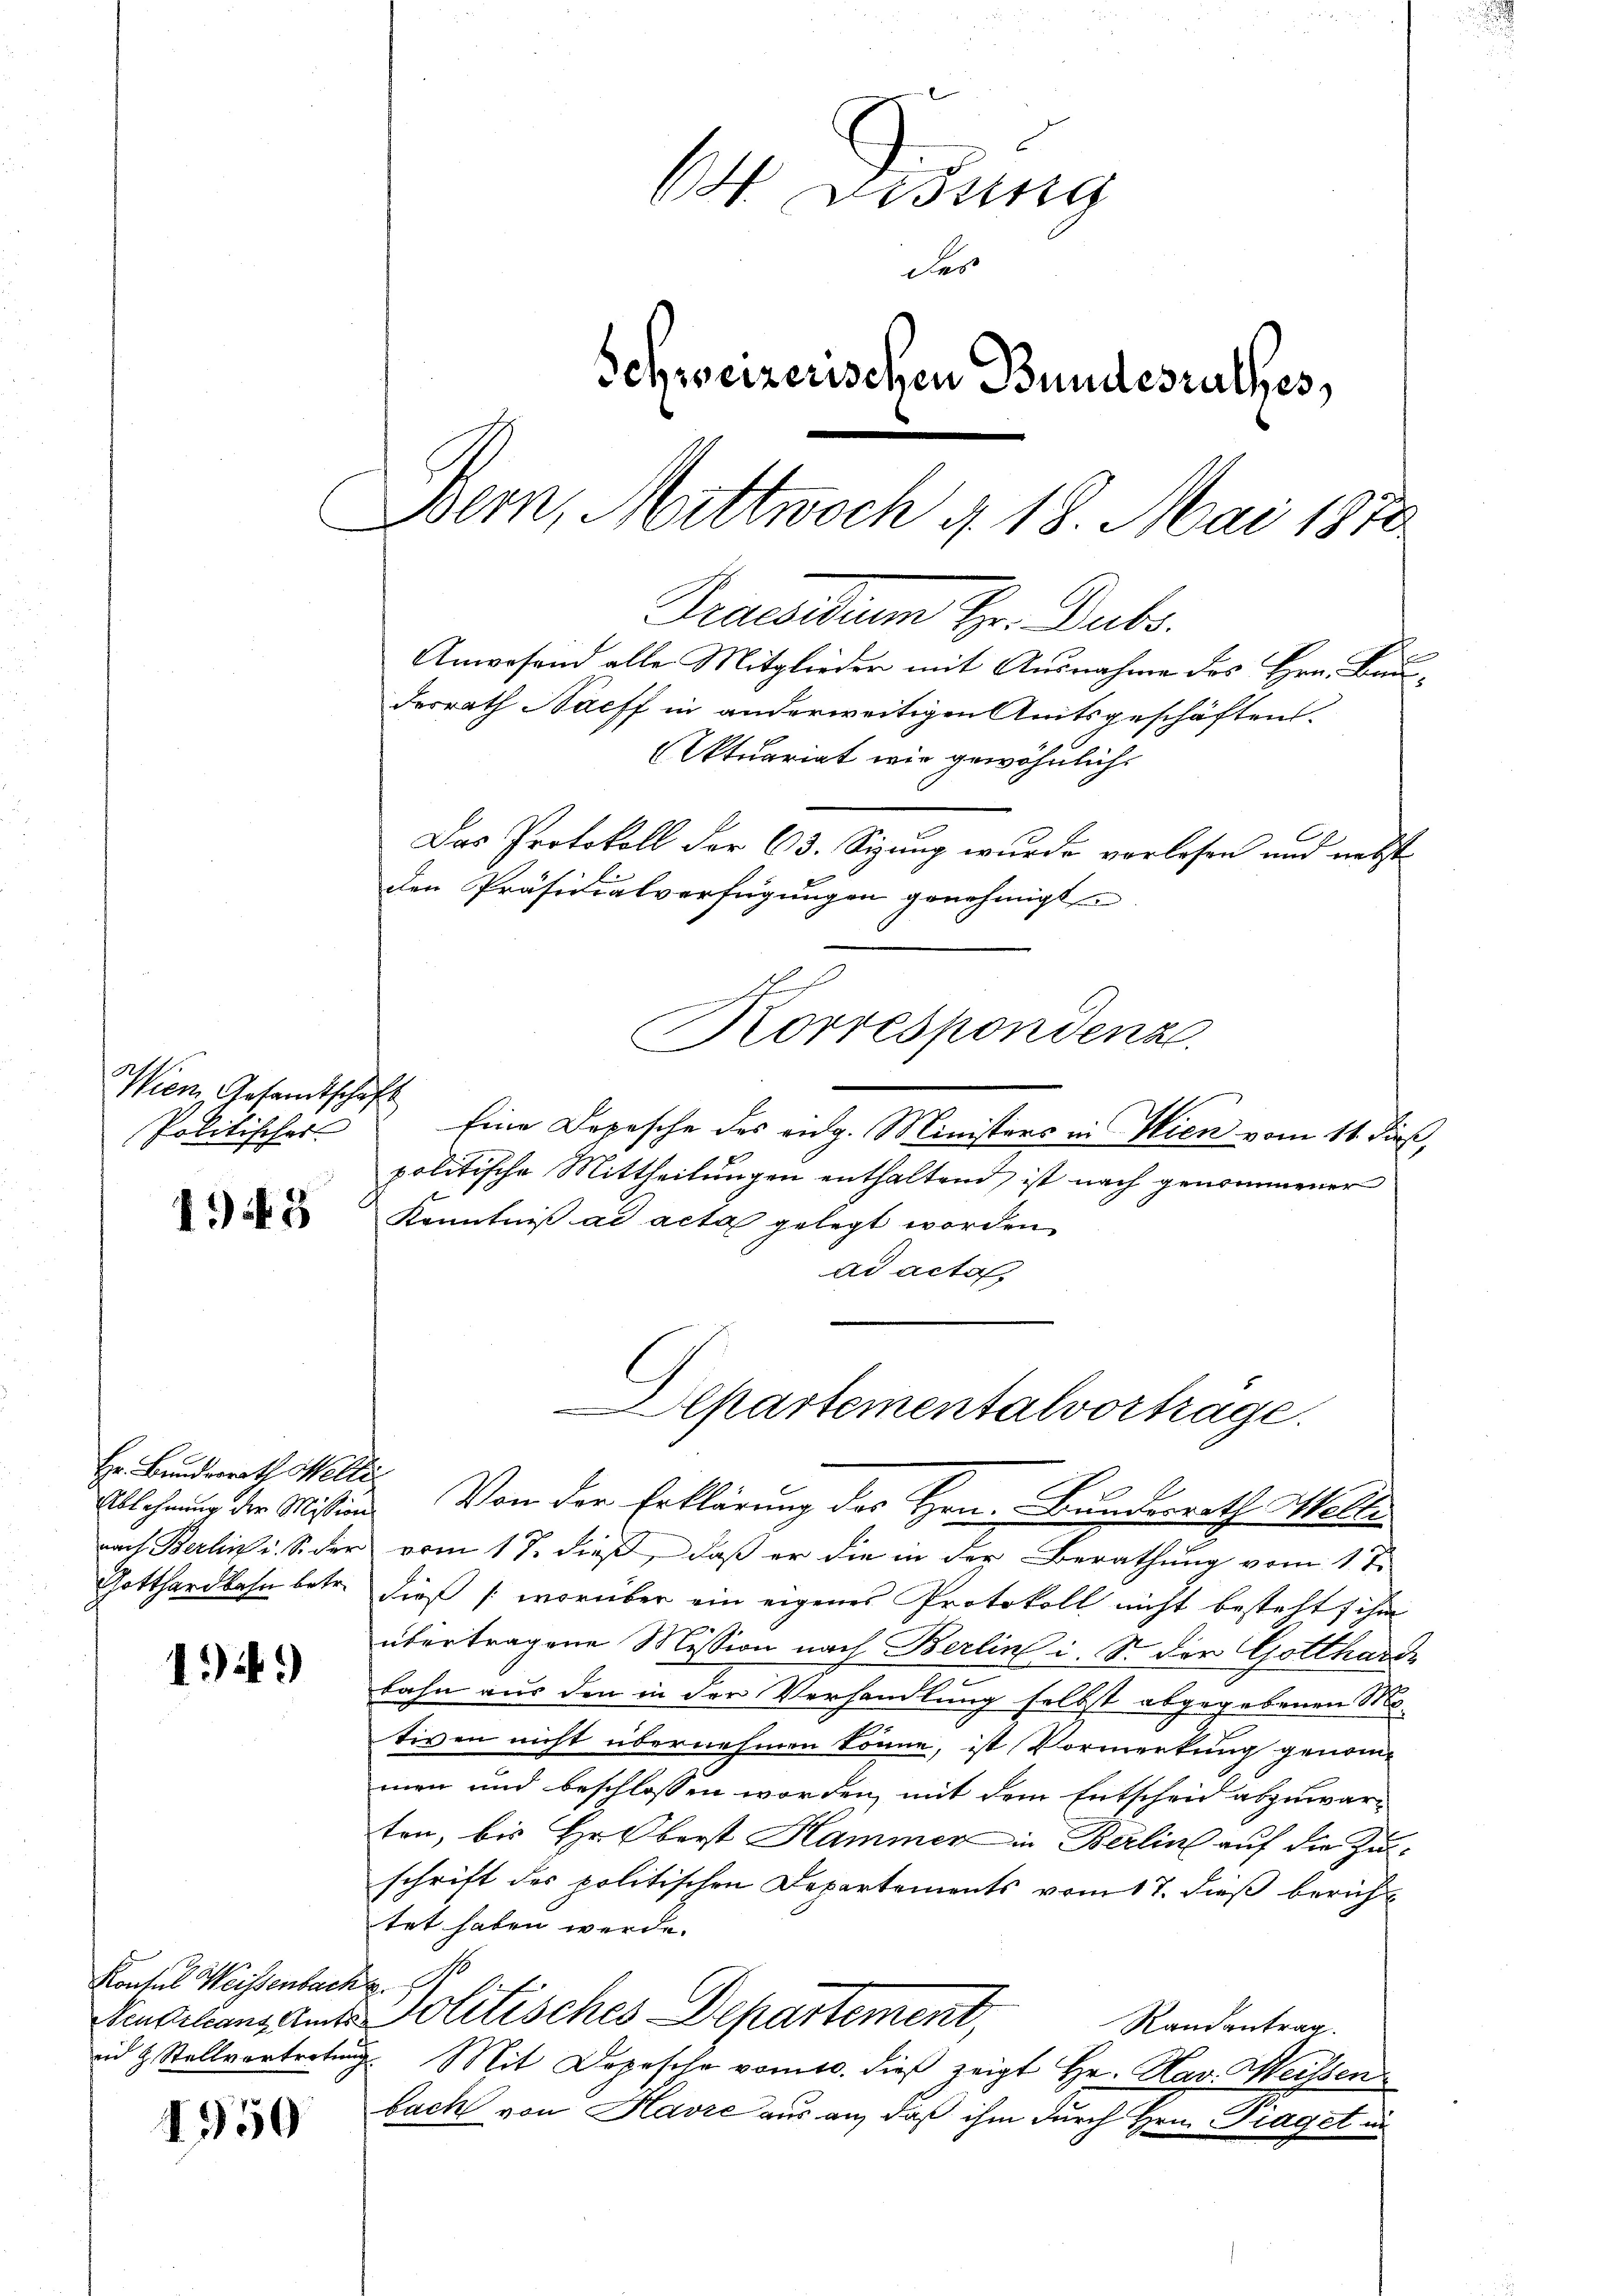
Wien Gesandtschaft
Politisches

1943

Hr. Bundesrath Helle
Ablehnung der Mission
nach Berlin u. S. der
Gotthardbahn betr.

14)

Kontul Weissenbach
Neubilanz Amts
in  Stellvertreten

450

64. Didung
des
Schweizerischen Bundesrathes,
Bern, Mittwoch d. 18. Mai 1872
Praesidium Hr. Dubs.
Anwesend alle Mitglieder mit Ausnahme des Hrn. Bauderrath Naeff in anderweitigen Amtsgeschäften.
Aktuariat wie gewöhnlich
Das Protokoll der 63. Sizung wurde vorlesen und nebst
den Präsidialverfügŭngen genehmigt
A
Korrespondenz

Eine Depesche des eidg. Ministers in Wien vom 11. di
politische Mittheilungen enthaltend, ist nach genommener
d
Kenntniß ad acta gelegt worden.
ad acta
Von der Erklärung des Hrn. Bundesrath Welle
vom 17. dieß, daß er die in der Berathung vom 1. t.
dieß (worüber ein eigenes Protokoll nicht besteht, ihm
übertragene Mission nach Berlin i. S. der Gotthard
bahn aus den in der Verhandlung selbst abgegebenen Mo-
tiven nicht übernehmen könne, ist Vormerkung genom-
men und beschlossen worden, mit dem Entscheid abzuwarten, bis Hr. Oberst Hammer in Berlin auf die Zuschrift der politischen Departements vom 17. dieß berichtet haben werde.
A
politisches Departement,
Randantrag.
Mit Dopesche vom 10. dieß zeigt Hr. Hav. Weissen
bach von Havre aus an, daß ihm durch Hrn. Fraget un

Cartementalvortrage.